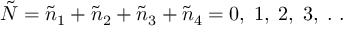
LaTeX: \tilde { N } = \tilde { n } _ { 1 } + \tilde { n } _ { 2 } + \tilde { n } _ { 3 } + \tilde { n } _ { 4 } = 0 , \; 1 , \; 2 , \; 3 , \; . \; .